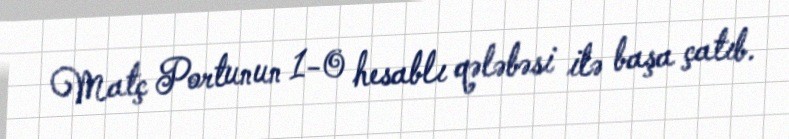
Matç Portunun 1-0 hesablı qələbəsi ilə başa çatıb.